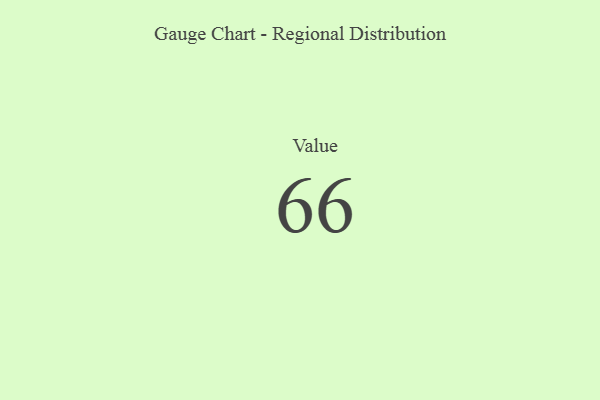
{"axis": {"x": "Metric", "y": "Value"}, "legend": [""], "data": [{"x": "Value", "y": 66, "type": ""}]}